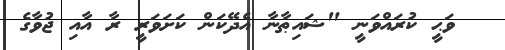
ވަޙީ ކުރައްވަނީ "ޝައިޠާނާ އެދޭކަން ކަށަވަރީ ރާ އާއި ޖުވާގެ